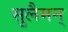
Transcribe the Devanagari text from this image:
सुलैमन्